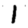
Digit: 1